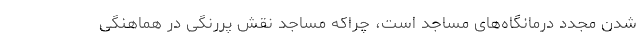
شدن مجدد درمانگاه‌های مساجد است، چراکه مساجد نقش پررنگی در هماهنگی